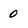
Character: 0